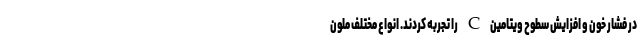
در فشار خون و افزایش سطوح ویتامین C را تجربه کردند. انواع مختلف ملون